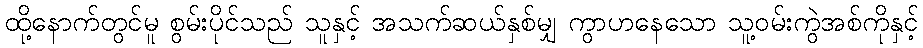
ထို့နောက်တွင်မူ စွမ်းပိုင်သည် သူနှင့် အသက်ဆယ်နှစ်မျှ ကွာဟနေသော သူ့ဝမ်းကွဲအစ်ကိုနှင့်